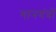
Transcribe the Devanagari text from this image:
गानयंत्रों